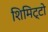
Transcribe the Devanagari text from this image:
शिमिट्टो